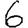
Digit: 6